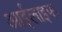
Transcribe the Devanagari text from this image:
आईलाइफ